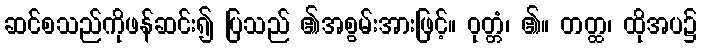
ဆင်စသည်ကိုဖန်ဆင်း၍ ပြသည် ၏အစွမ်းအားဖြင့်။ ဝုတ္တံ၊ ၏။ တတ္ထ၊ ထိုအပ၌